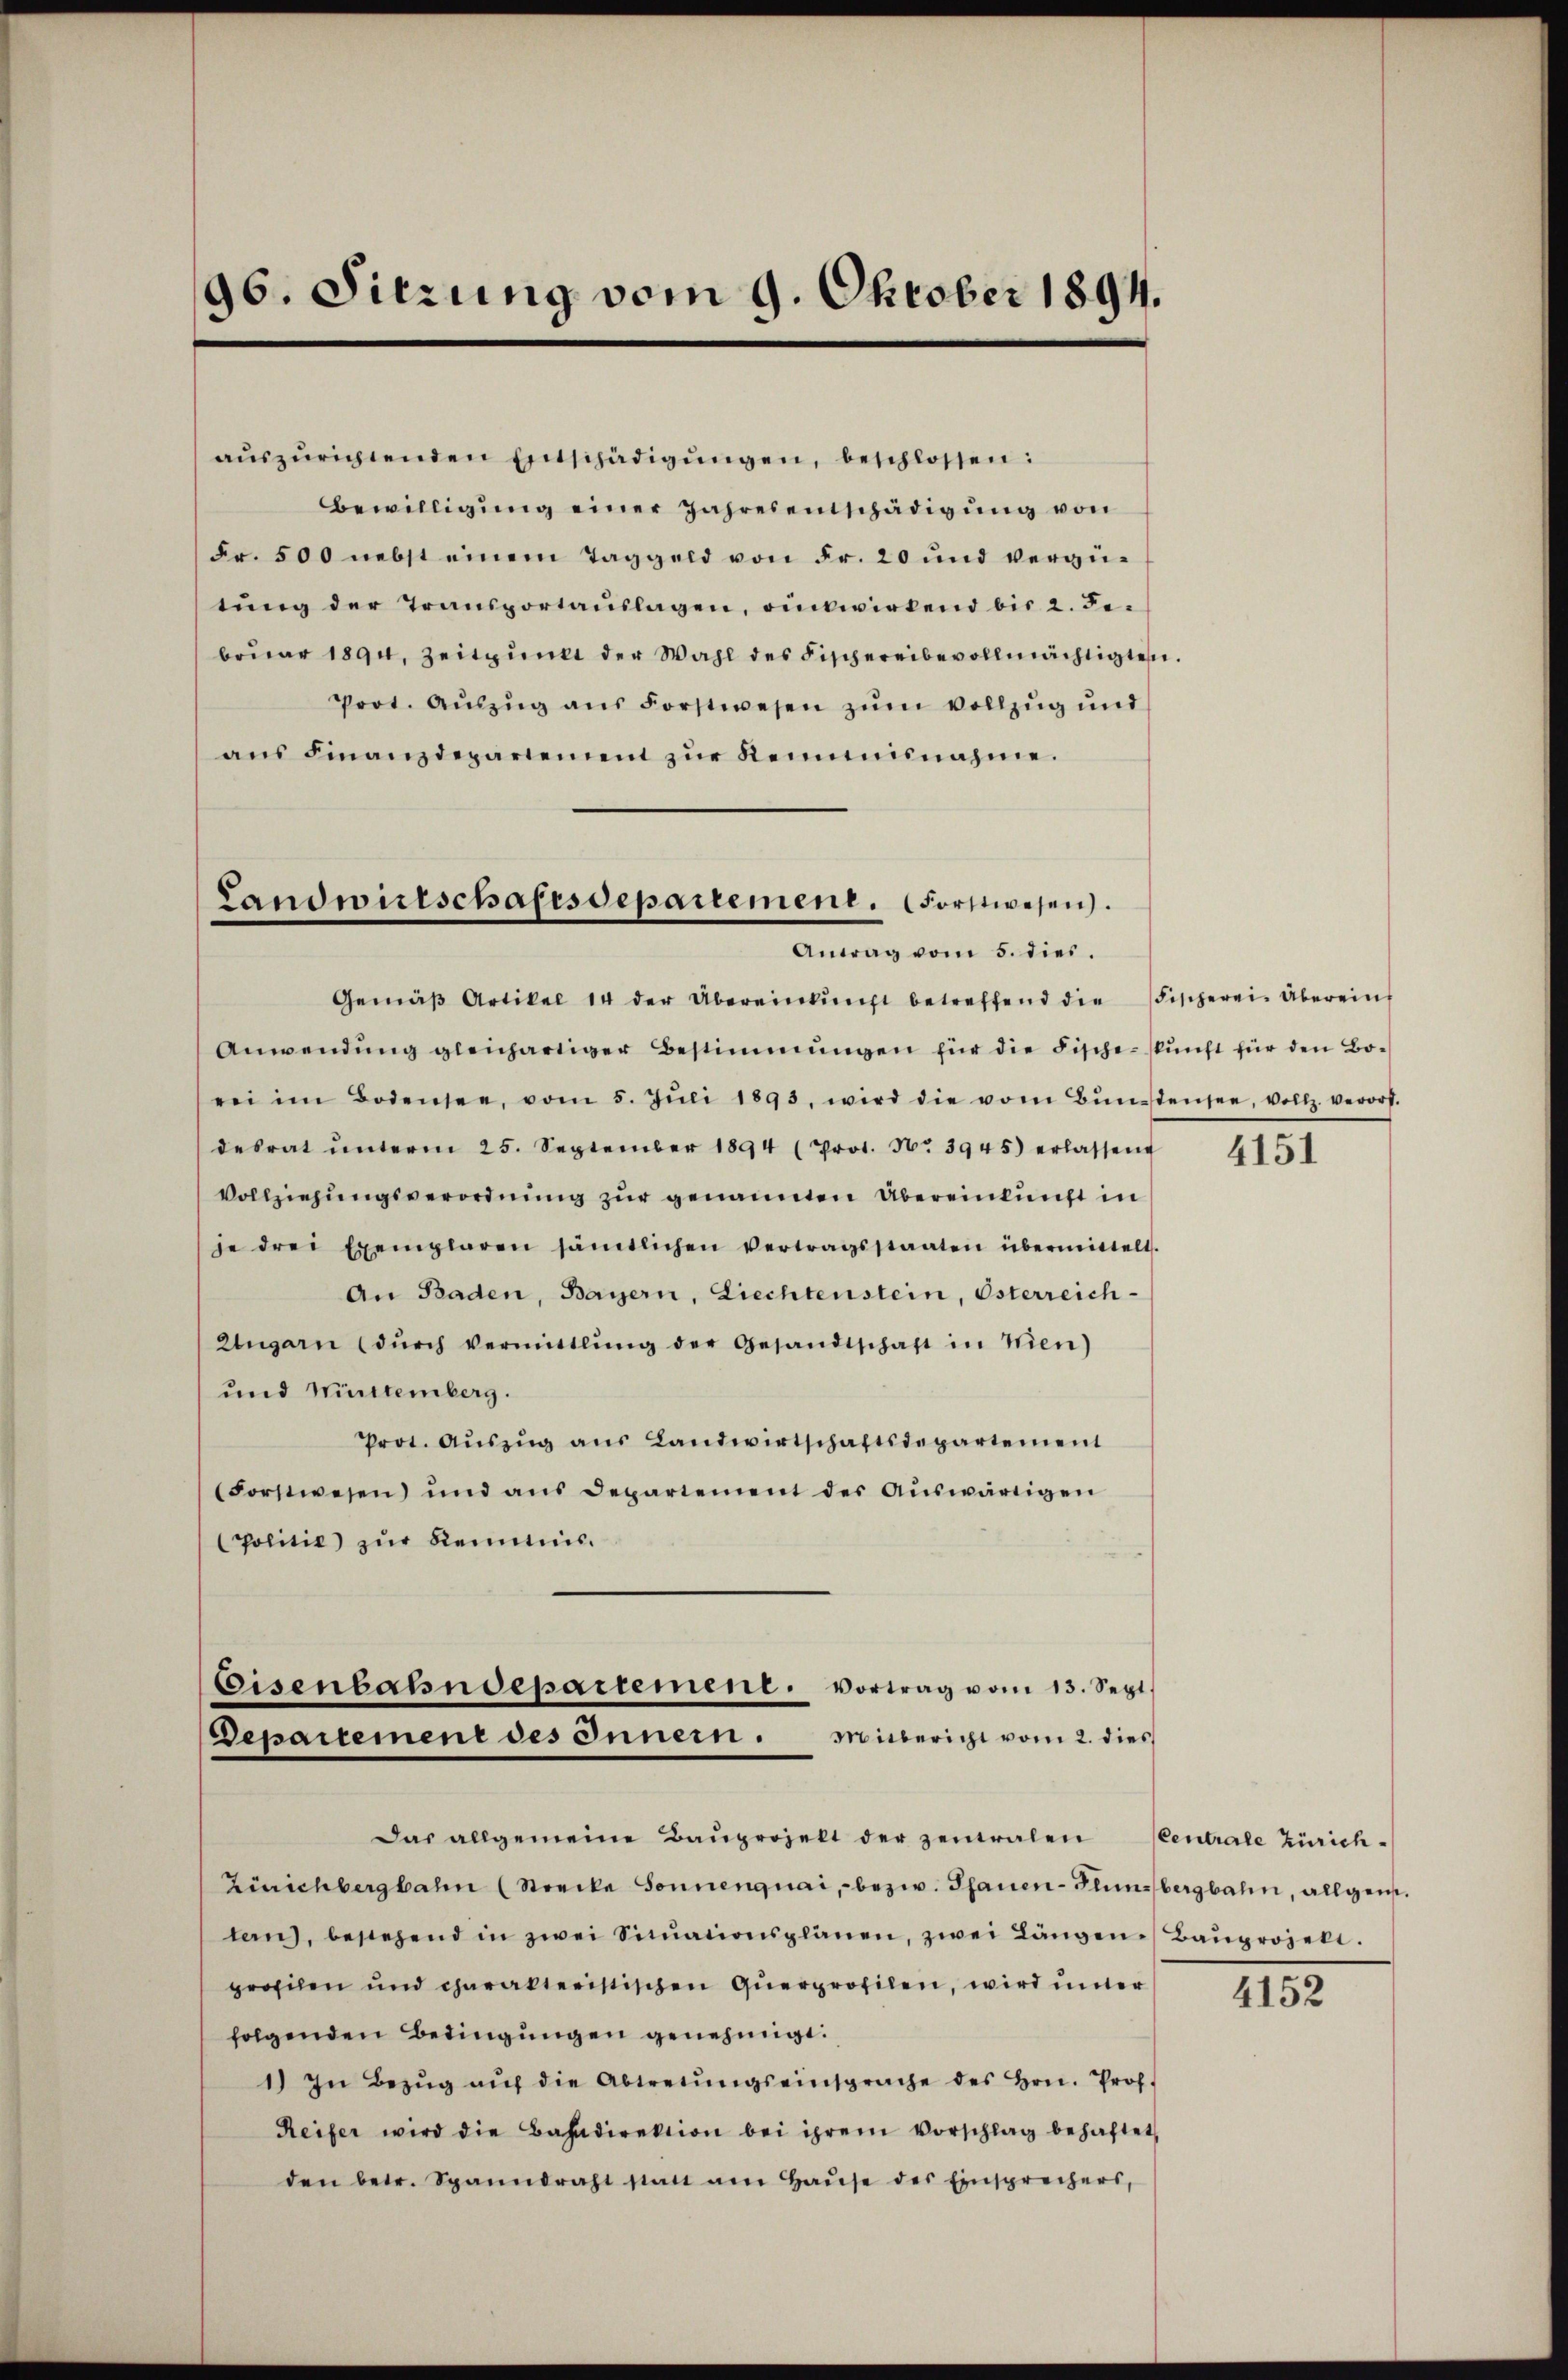
96. Sitzung vom 9. Oktober 1894.

aŭszŭrichtenden Entschädigŭngen, beschlossen:
Bewilligŭng einer Jahresentschädigung von
Fr. 500 nebst einem Taggeld von Fr. 20 und vergütŭng der Transportaŭslagen, rückwirkend bis 2. Je
brŭar 1894, Zeitpunkt der Wahl des Fischereibevollmächtigten.
Prot. Aŭszŭg ans Forstwesen zum vollzug und
ans Finanzdepartement zŭr Remunisnahme.

Gemäβ Artikel 14 der Übereinkŭnft betreffend die Fischerei. Übereins
Anwendung gleichartiger Bestimmungen für die Fischeskunft für den Borei im Bodensee, vom 5. Jŭli 1893, wird die vom Bŭnstensee, vollz. verorf-
desrat ŭnterm 25. September 1894 (Prot. No 3945) erlassen
Vollziehungsverordnung zur genannten Übereinkunft in
je drei Exemplaren sämtlichen Vertragsstaaten übermittelt.
An Baden, Bayern, Liechtenstein, Osterreich-
Ungarn (dŭrch vermittlung der Gesandtschaft in Wien)
und Württemberg.
Prot. Aŭszŭg aŭs Landwirtschaftsdepartement
(Forstwesen und aus Departement der Auswärtigen
Politik zur Kenntnis.
Eisenbahndepartemene Vortrag vom 13. Sept.
Departemene des Innern. Mitbericht vom 2. dies
Das allgemeine Baŭprojekt der zentralen Centrale Zürich¬
Zürichbergbahn (Strecke Sonnenquai, - bezw. Pfauen- Plinsbergbahn, allgeme
lanz, bestehend in zwei Sitŭationsplänen, zwei Längen Baŭprojekt.
profilen und charakteristischen Querprofilen, wird unter
folgenden Bedingungen genehmigt.
1) In Bezŭg aŭf die Abtretŭngseinsprache des Hrn. Prof.
Reifer wird die Bahndirektion bei ihrem Vorschlag behaftet,
den betr. Spanndraht statt am Haŭse des Einsprechers,

Landwirtschaftsdepartement. Forstwesen.
Antrag vom 5. dies.

4151

4152